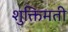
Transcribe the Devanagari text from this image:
शुक्तिमती